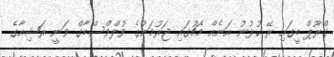
ގްރޫޕް ބީގައި ރޭ ކުޅުނު އަނެއް މެޗުގައި ޖަރުމަނުގެ ވުލްވްސްބާގް ވަނީ ރަޝިއާގެ